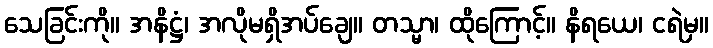
သေခြင်းကို။ အနိဋ္ဌံ၊ အလိုမရှိအပ်ချေ။ တသ္မာ၊ ထိုကြောင့်။ နိရယေ၊ ငရဲမှ။